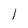
Character: 1